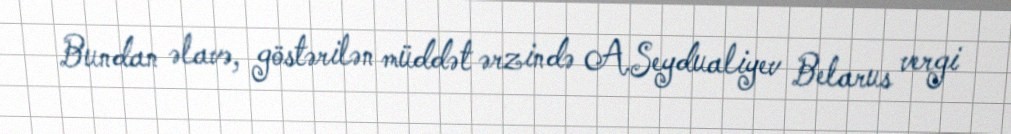
Bundan əlavə, göstərilən müddət ərzində A.Seydualiyev Belarus vergi